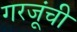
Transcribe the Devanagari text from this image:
गरजूंची